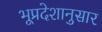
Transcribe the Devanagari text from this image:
भूप्रदेशानुसार